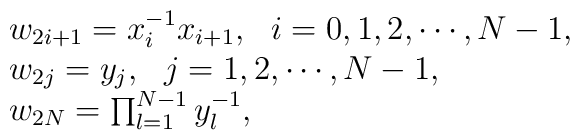
\begin{array}{l}w_{2i+1}=x^{-1}_ix_{i+1},~~i=0,1,2,\cdots,N-1, \\w_{2j}=y_j,~~j=1,2,\cdots,N-1, \\w_{2N}=\prod^{N-1}_{l=1}y^{-1}_l,\end{array}